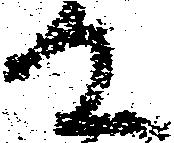
殿